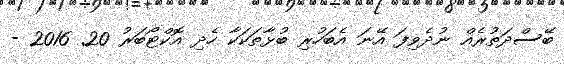
ބޭސްދަތުރެއް ނުދެވިފަ އޭނަ އެބަހުރި ބުޅާތަކަކާ ހެދި އޮކްޓޯބަރު 20